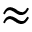
\approx